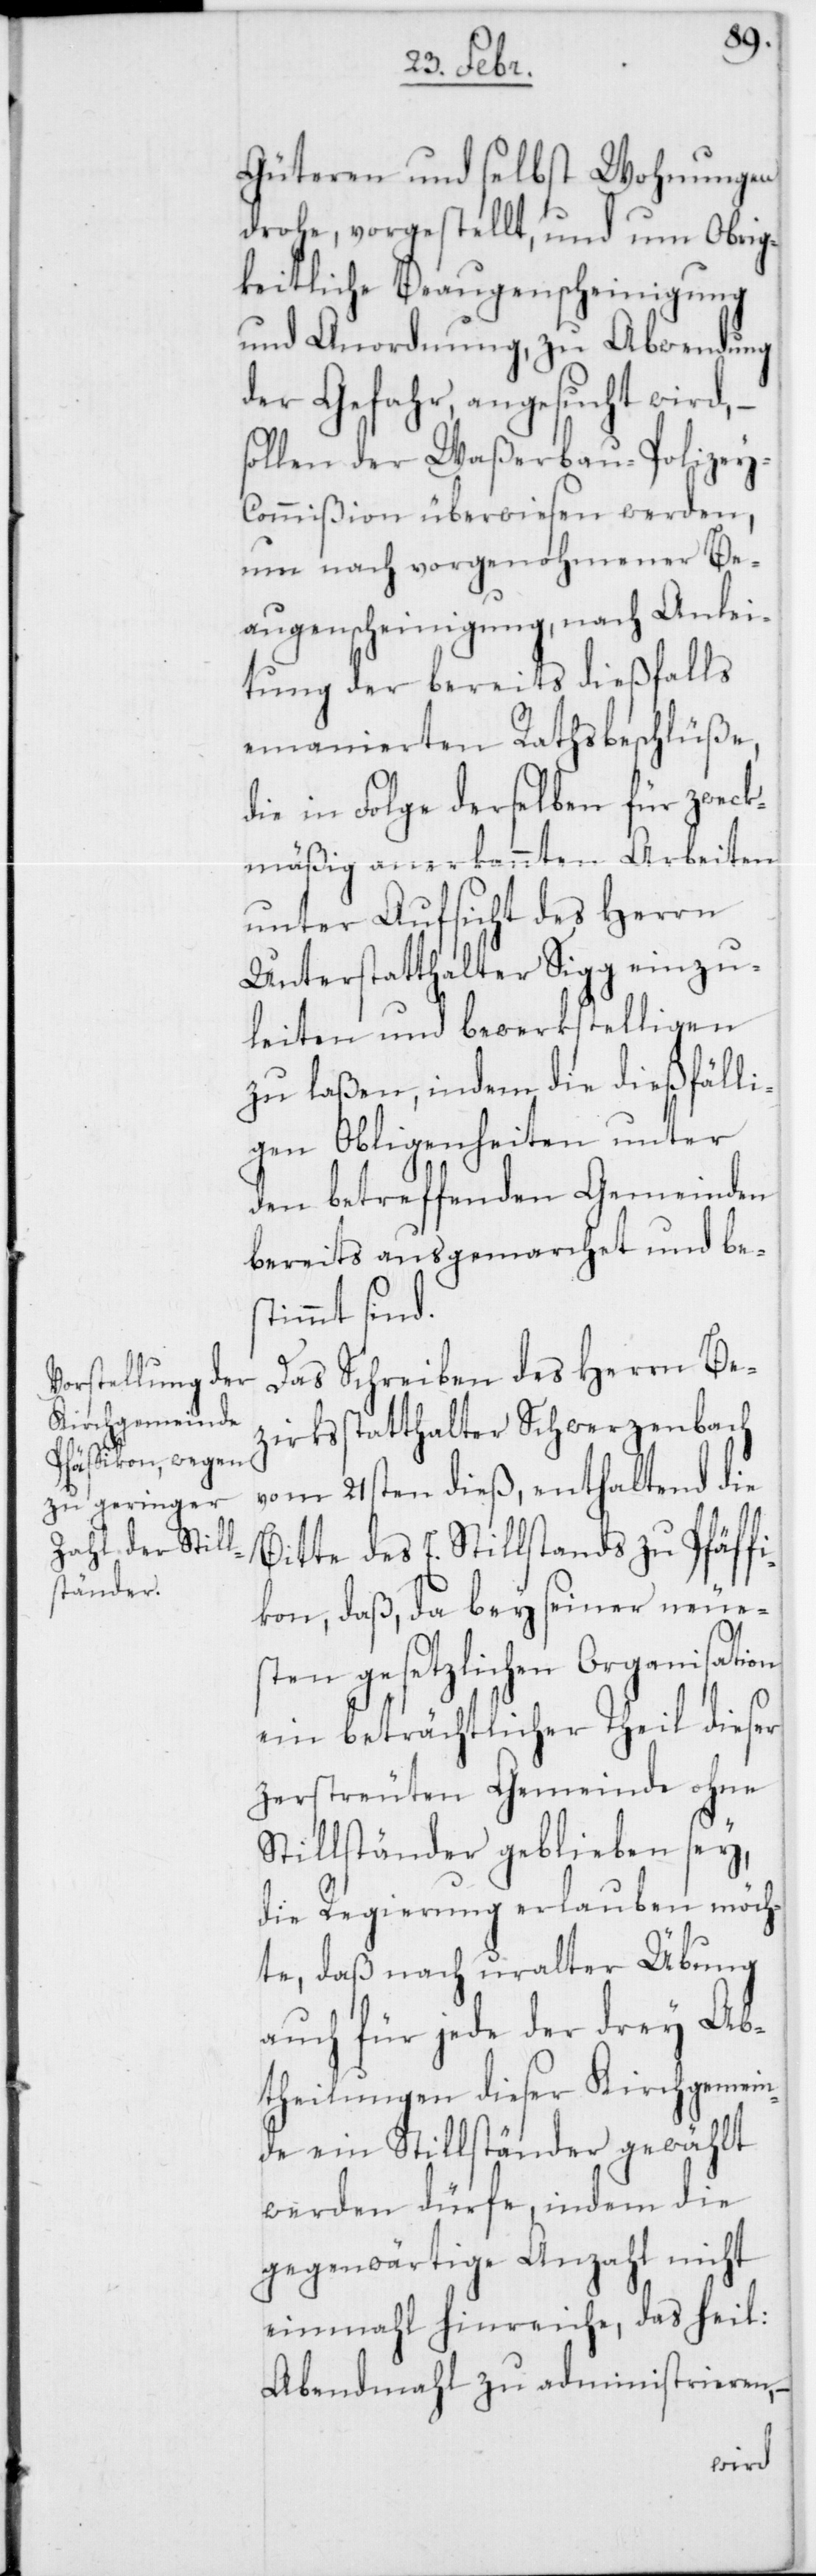
fi¬
Güteren und selbst Wohnungen
drohe, vorgestellt, und um Obrig¬
keitliche Beaugenscheinigung
und Anordnung, zu Abwendung
der Gefahr angesucht wird,
sollen der Waßerbau-Polizey-C¬
ommißion überwiesen werden,
um nach vorgenohmener Be¬
augenscheinigung, nach Anlei¬
tung der bereits dießfalls
emanierten Rathsbeschlüße,
die in Folge derselben für zweck¬
mäßig anerkannten Arbeiten
unter Aufsicht des Herrn
Unterstatthalter Sigg einzu¬
leiten und bewerkstelligen
zu laßen, indem die dießfäll¬
igen Obliegenheiten unter
den betreffenden Gemeinden
bereits ausgemarchet und bes¬
timmt sind.
Das Schreiben des Herrn Be¬
zirksstatthalter Schwerzenbach
vom 21sten dieß, enthaltend di¬
e Bitte des E. Stillstands zu Pfäf¬
kon, daß da bey seiner neue¬
sten gesetzlichen Organisation
ein beträchtlicher Theil die¬
zerstreuten Gemeinde ohne
Stillständer geblieben sey,
die Regierung erlauben möch¬
te, daß nach uralter Übung
auch für jede der drey Ab¬
theilungen dieser Kirchgemein¬
de ein Stillständer gewählt
werden dürfe, indem die
gegenwärtige Anzahl nicht
einmahl hinreiche, das heil:
Abendmahl zu administrieren,
ser